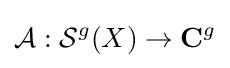
{\mathcal {A}}:{\mathcal {S}}^{g}(X)\to \mathbf {C} ^{g}